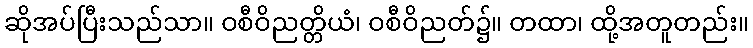
ဆိုအပ်ပြီးသည်သာ။ ဝစီဝိညတ္တိယံ၊ ဝစီဝိညတ်၌။ တထာ၊ ထို့အတူတည်း။